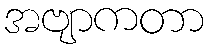
အဗျာကတာ